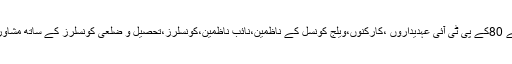
وہ جمعرات کے روز اپنے دفتر میں حلقہ پی کے 80کے پی ٹی آئی عہدیداروں ،کارکنوں،ویلج کونسل کے ناظمین،نائب ناظمین،کونسلرز،تحصیل و ضلعی کونسلرز کے ساتھ مشاورتی اجلاس کے موقع پر خطاب کر رہے تھے،۔